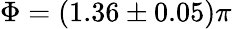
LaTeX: \Phi=(1.36\pm 0.05)\pi